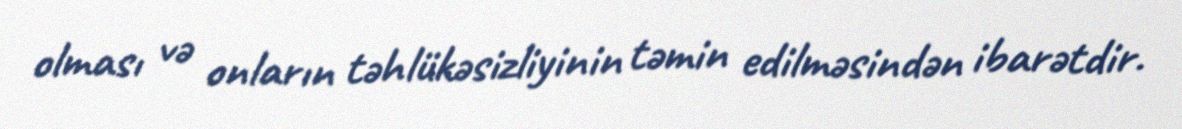
olması və onların təhlükəsizliyinin təmin edilməsindən ibarətdir.